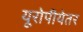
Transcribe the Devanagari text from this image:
यूरोपीयेतर